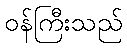
ဝန်ကြီးသည်